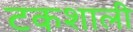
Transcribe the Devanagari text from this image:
टकशाली